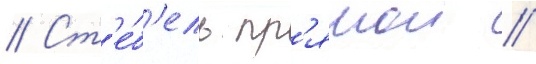
// Ст'е́б'ель пр'ямои /